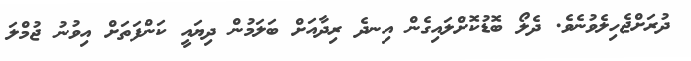
ދުރަށްޖެހިލެވުނެވެ. ދެލޯ ބޮޑުކޮށްލައިގެން އިނދެ ރިދާއަށް ބަލަމުން ދިޔައީ ކަންފަތަށް އިވުނު ޖުމްލަ